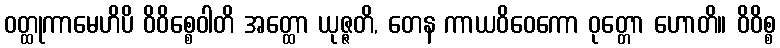
ဝတ္ထုကာမေဟိပိ ဝိဝိစ္စေဝါတိ အတ္ထော ယုဇ္ဇတိ, တေန ကာယဝိဝေကော ဝုတ္တော ဟောတိ။ ဝိဝိစ္စ